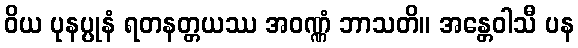
ဝိယ ပုနပ္ပုနံ ရတနတ္တယဿ အဝဏ္ဏံ ဘာသတိ။ အန္တေဝါသီ ပန